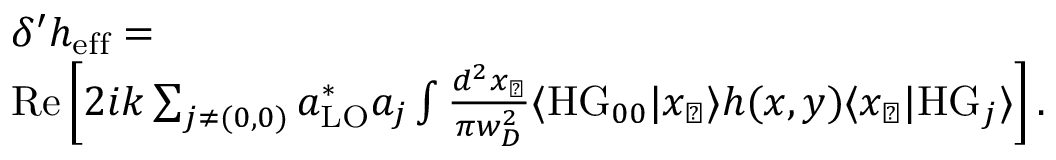
\begin{array} { r l } & { \delta ^ { \prime } h _ { \mathrm { e f f } } = } \\ & { \mathrm { R e } \left[ 2 i k \sum _ { j \neq ( 0 , 0 ) } a _ { \mathrm { L O } } ^ { * } a _ { j } \int \frac { d ^ { 2 } x _ { \perp } } { \pi w _ { D } ^ { 2 } } \langle \mathrm { H G } _ { 0 0 } | x _ { \perp } \rangle h ( x , y ) \langle x _ { \perp } | \mathrm { H G } _ { j } \rangle \right] . } \end{array}